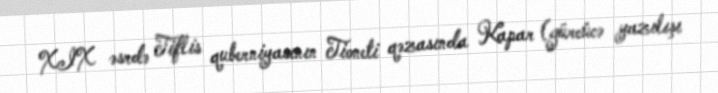
XIX əsrdə Tiflis quberniyasının Tioneti qəzasında Kapar (gürcücə yazılışı